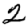
Digit: 2